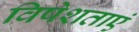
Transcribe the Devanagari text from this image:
विषेशताएं